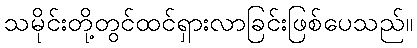
သမိုင်းတို့တွင်ထင်ရှားလာခြင်းဖြစ်ပေသည်။